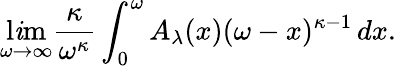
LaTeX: \operatorname*{l\mathit{i}m}_{\omega\rightarrow\infty}{\frac{{\kappa}}{{\omega^{\kappa}}}}\int_{0}^{\omega}A_{\lambda}(x)(\omega-x)^{\kappa-1}\, dx.